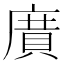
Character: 𭙯